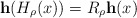
\begin{align*}\mathbf{h}(H_{\rho}(x))=R_\rho \mathbf{h}(x)\end{align*}